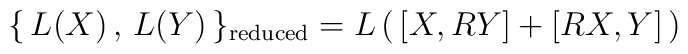
\{ \, L(X)\, ,\, L(Y)\, \}_{\rm reduced}=L\, (\,[X,RY]+[RX,Y]\,)